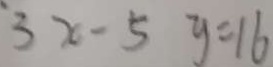
3 x - 5 y = 1 6